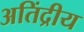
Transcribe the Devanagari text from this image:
अतिंद्रीय